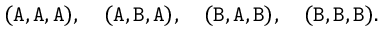
( \mathtt { A } , \mathtt { A } , \mathtt { A } ) , \quad ( \mathtt { A } , \mathtt { B } , \mathtt { A } ) , \quad ( \mathtt { B } , \mathtt { A } , \mathtt { B } ) , \quad ( \mathtt { B } , \mathtt { B } , \mathtt { B } ) .